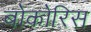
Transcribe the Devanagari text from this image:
बोकोरिस